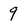
Character: 9